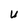
Character: U